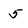
Character: 5